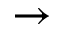
\rightarrow